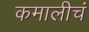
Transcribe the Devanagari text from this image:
कमालीचं